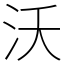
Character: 沃